Jaan_Tonisson_(Lasteleht), lk 99
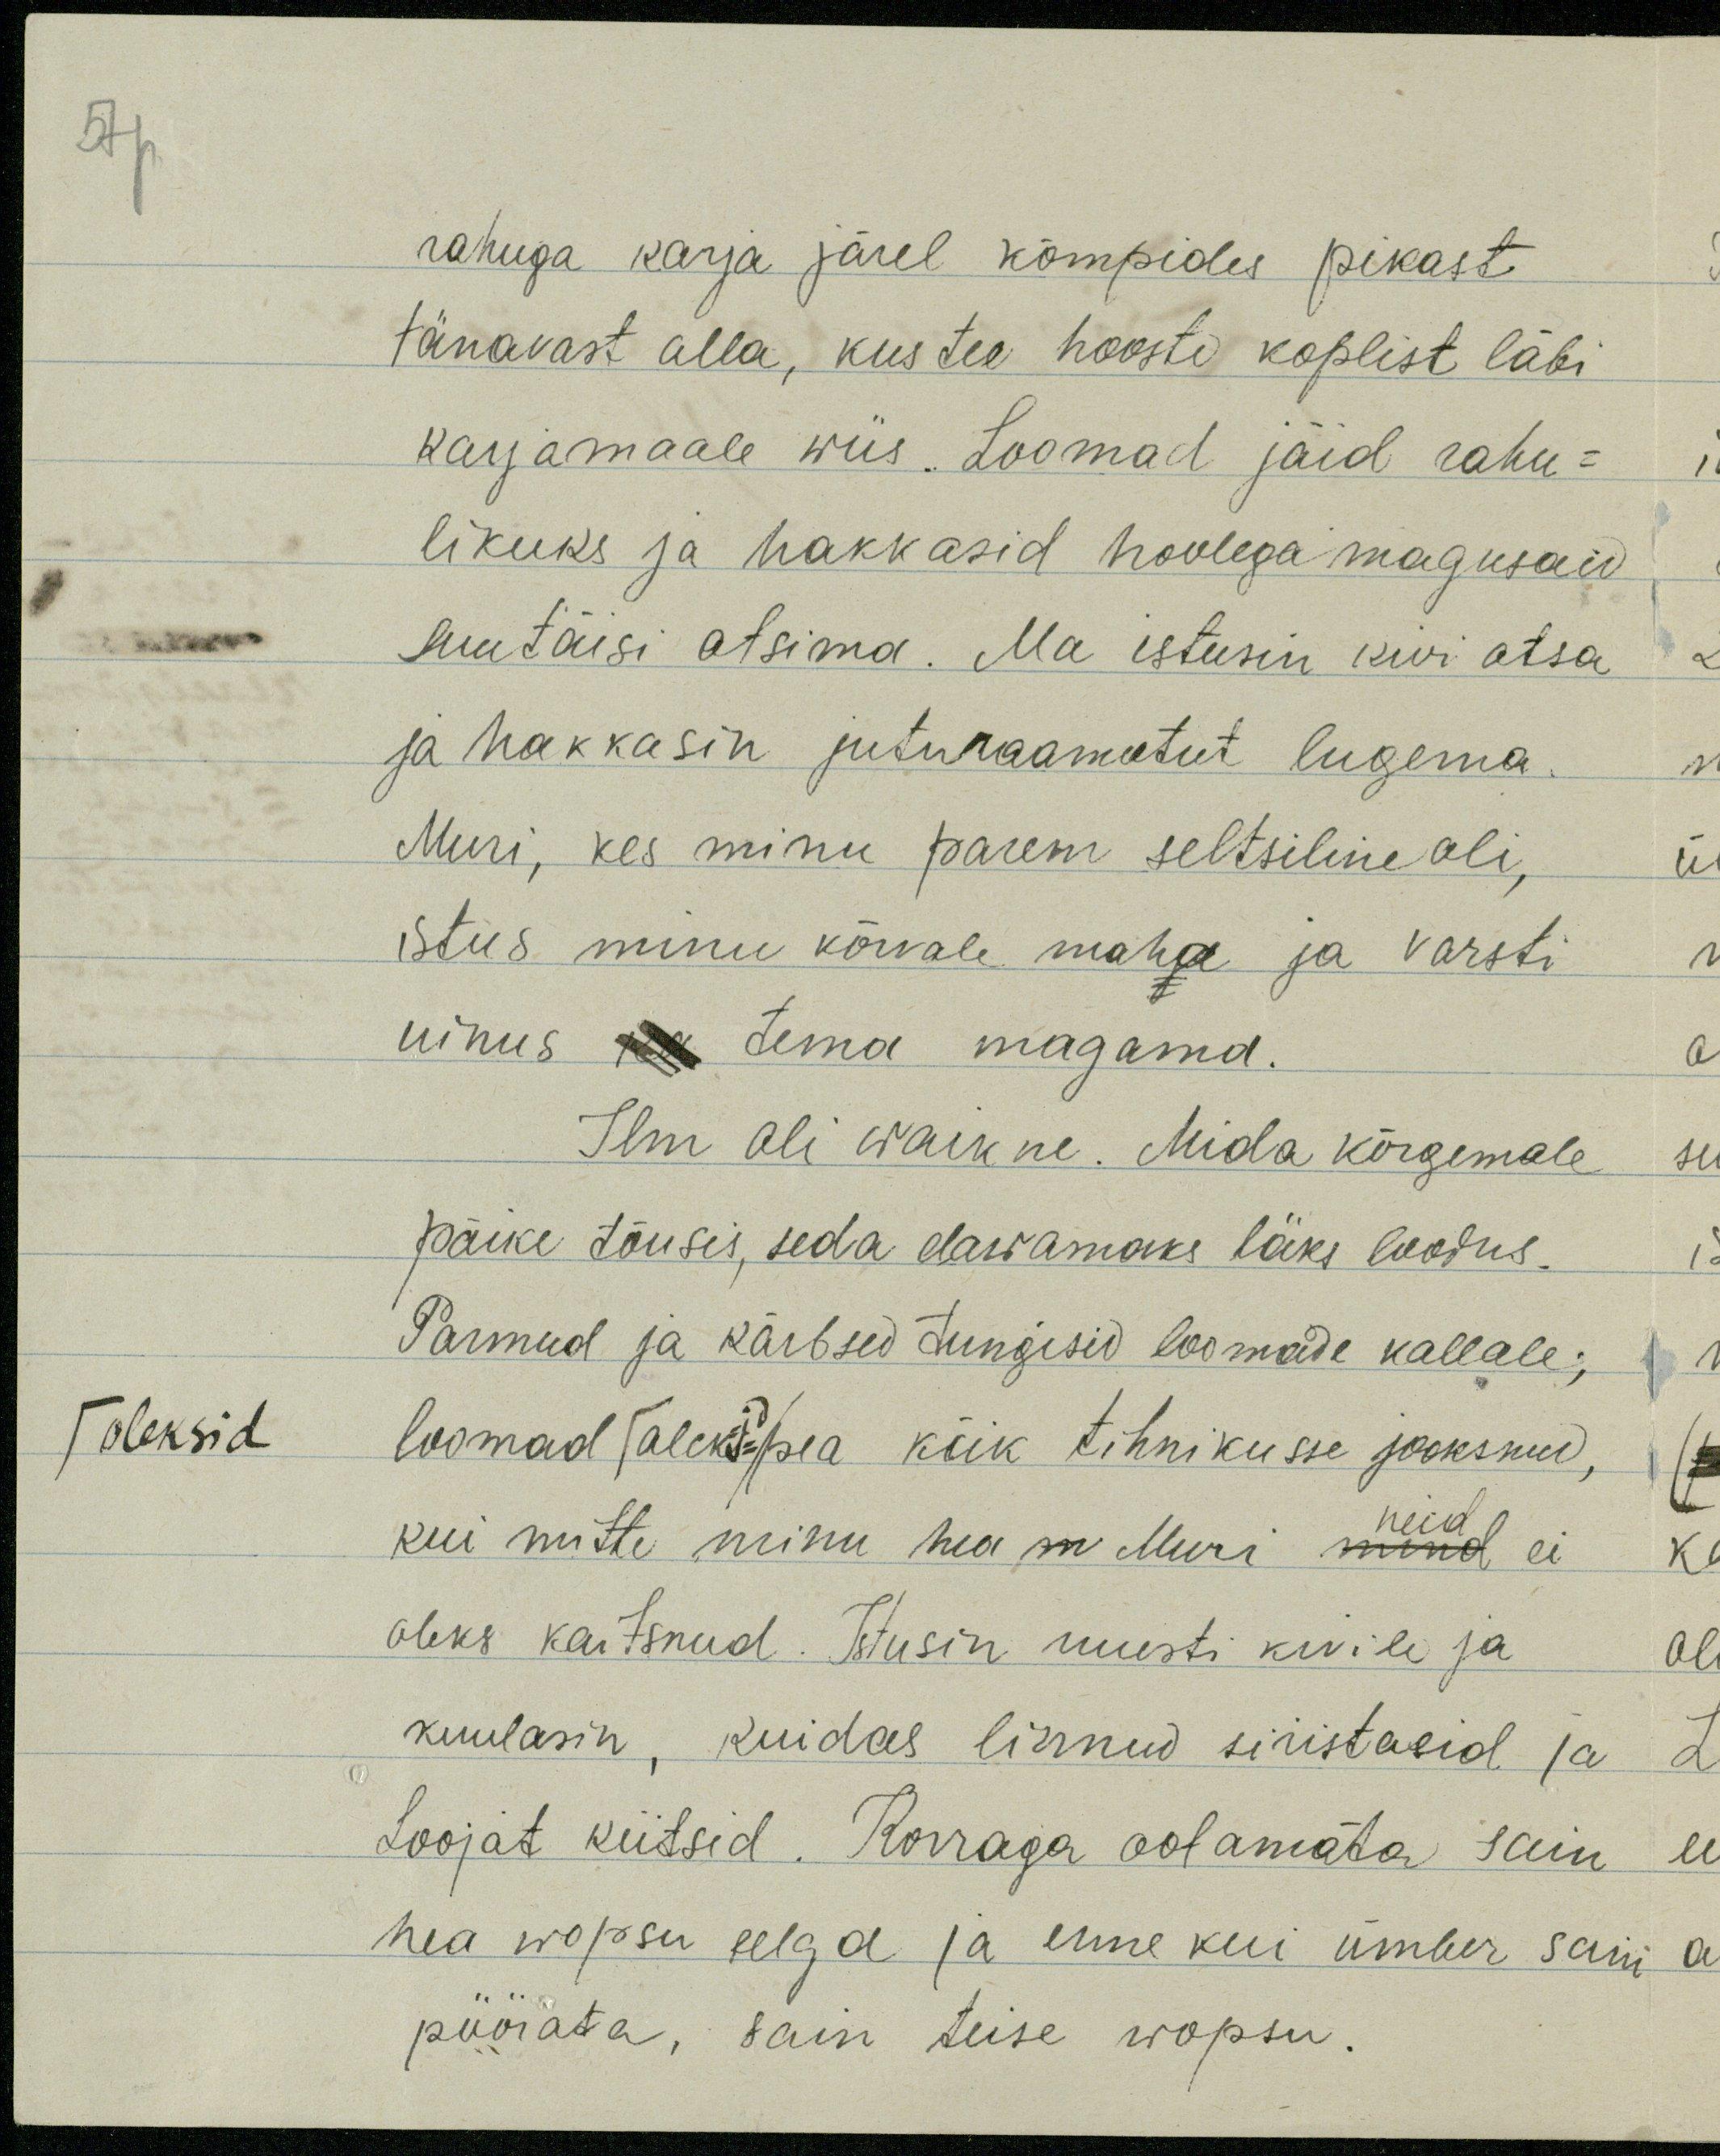
57p
rahuga karja järel kõmpides pikast
tänavast alla, kus tee hooste koplist läbi
karjamaale wiis. Loomad jäid rahu-
likuks ja hakkasid hoolega magusaid
suutäisi otsima. Ma istusin kiri otsa
ja hakkasin juturaamatut lugema.
Muri, kes minu parem seltsiline oli,
istus minu kõrvale maha ja varsti
uinus tema magama.
Ilm oli waikne. Mida kõrgemale
päike tõusis, seda elawamaks läks loodus.
Parmud ja kärbsed tungisid loomade kallale;
/oleksid
loomad / aleks-id pea kõik tihnikusse jooksnud,
kui mitte minu hea m Muri mind neid ei
oleks kaitsnud. Istusin uuesti kivile ja
kuulasin, kuidas linnud siristasid ja
Loojat kiitsid. Korraga ootamata sain
hea wopsu selga ja enne kui ümber sain
pöörata, sain teise wopsu.